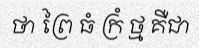
ថា ព្រៃ ធំ ក្រំ ថ្ម គឺជា